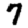
Digit: 7